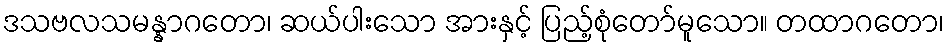
ဒသဗလသမန္နာဂတော၊ ဆယ်ပါးသော အားနှင့် ပြည့်စုံတော်မူသော။ တထာဂတော၊